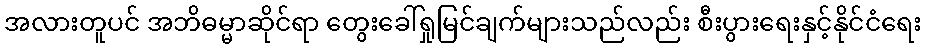
အလားတူပင် အဘိဓမ္မာဆိုင်ရာ တွေးခေါ်ရှုမြင်ချက်များသည်လည်း စီးပွားရေးနှင့်နိုင်ငံရေး